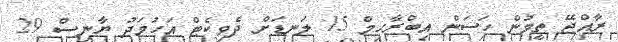
ރާއްޖޭ ތީމުން ހަސަން އިބްރާހިމް 15 ލަނޑަށް ދެވިކެޓް އަހުމަދު ޔާނިސް 29